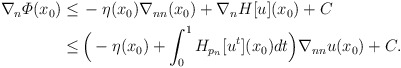
\begin{align*}\begin{aligned} \nabla_n \varPhi (x_0) \leq \,& - \eta (x_0) \nabla_{nn} (x_0) + \nabla_n H [u] (x_0) + C \\ \leq \,& \Big(- \eta (x_0) + \int _0^1 H_{p_n} [u^t] (x_0) dt\Big) \nabla_{nn} u (x_0) + C. \end{aligned} \end{align*}